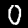
Label: 0